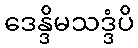
ဒေန္ဒိမသဒ္ဒံပိ